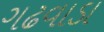
ગઢવાડા